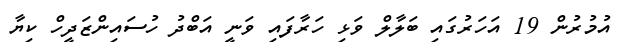
އުމުރުން 19 އަހަރުގައި ބަލާލް ވަޅި ހަރާފައި ވަނީ އަބްދު ހުސައިންޒަދީހް ކިޔާ